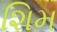
શિમ